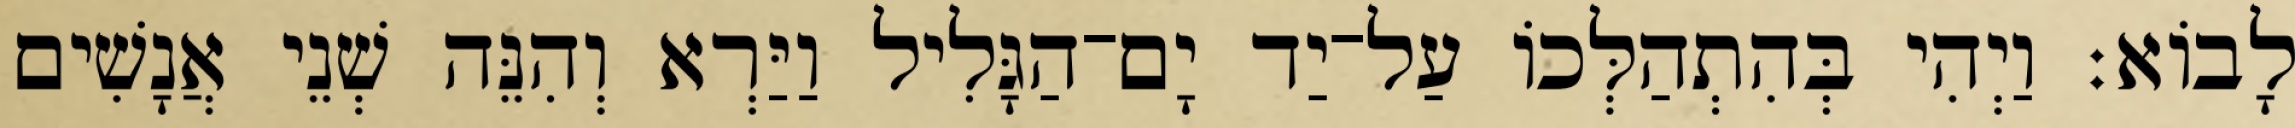
לָבוֹא׃ וַיְהִי בְּהִתְהַלְּכוֹ עַל־יַד יָם־הַגָּלִיל וַיַּרְא וְהִנֵּה שְׁנֵי אֲנָשִׁים